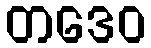
တဒေဝ